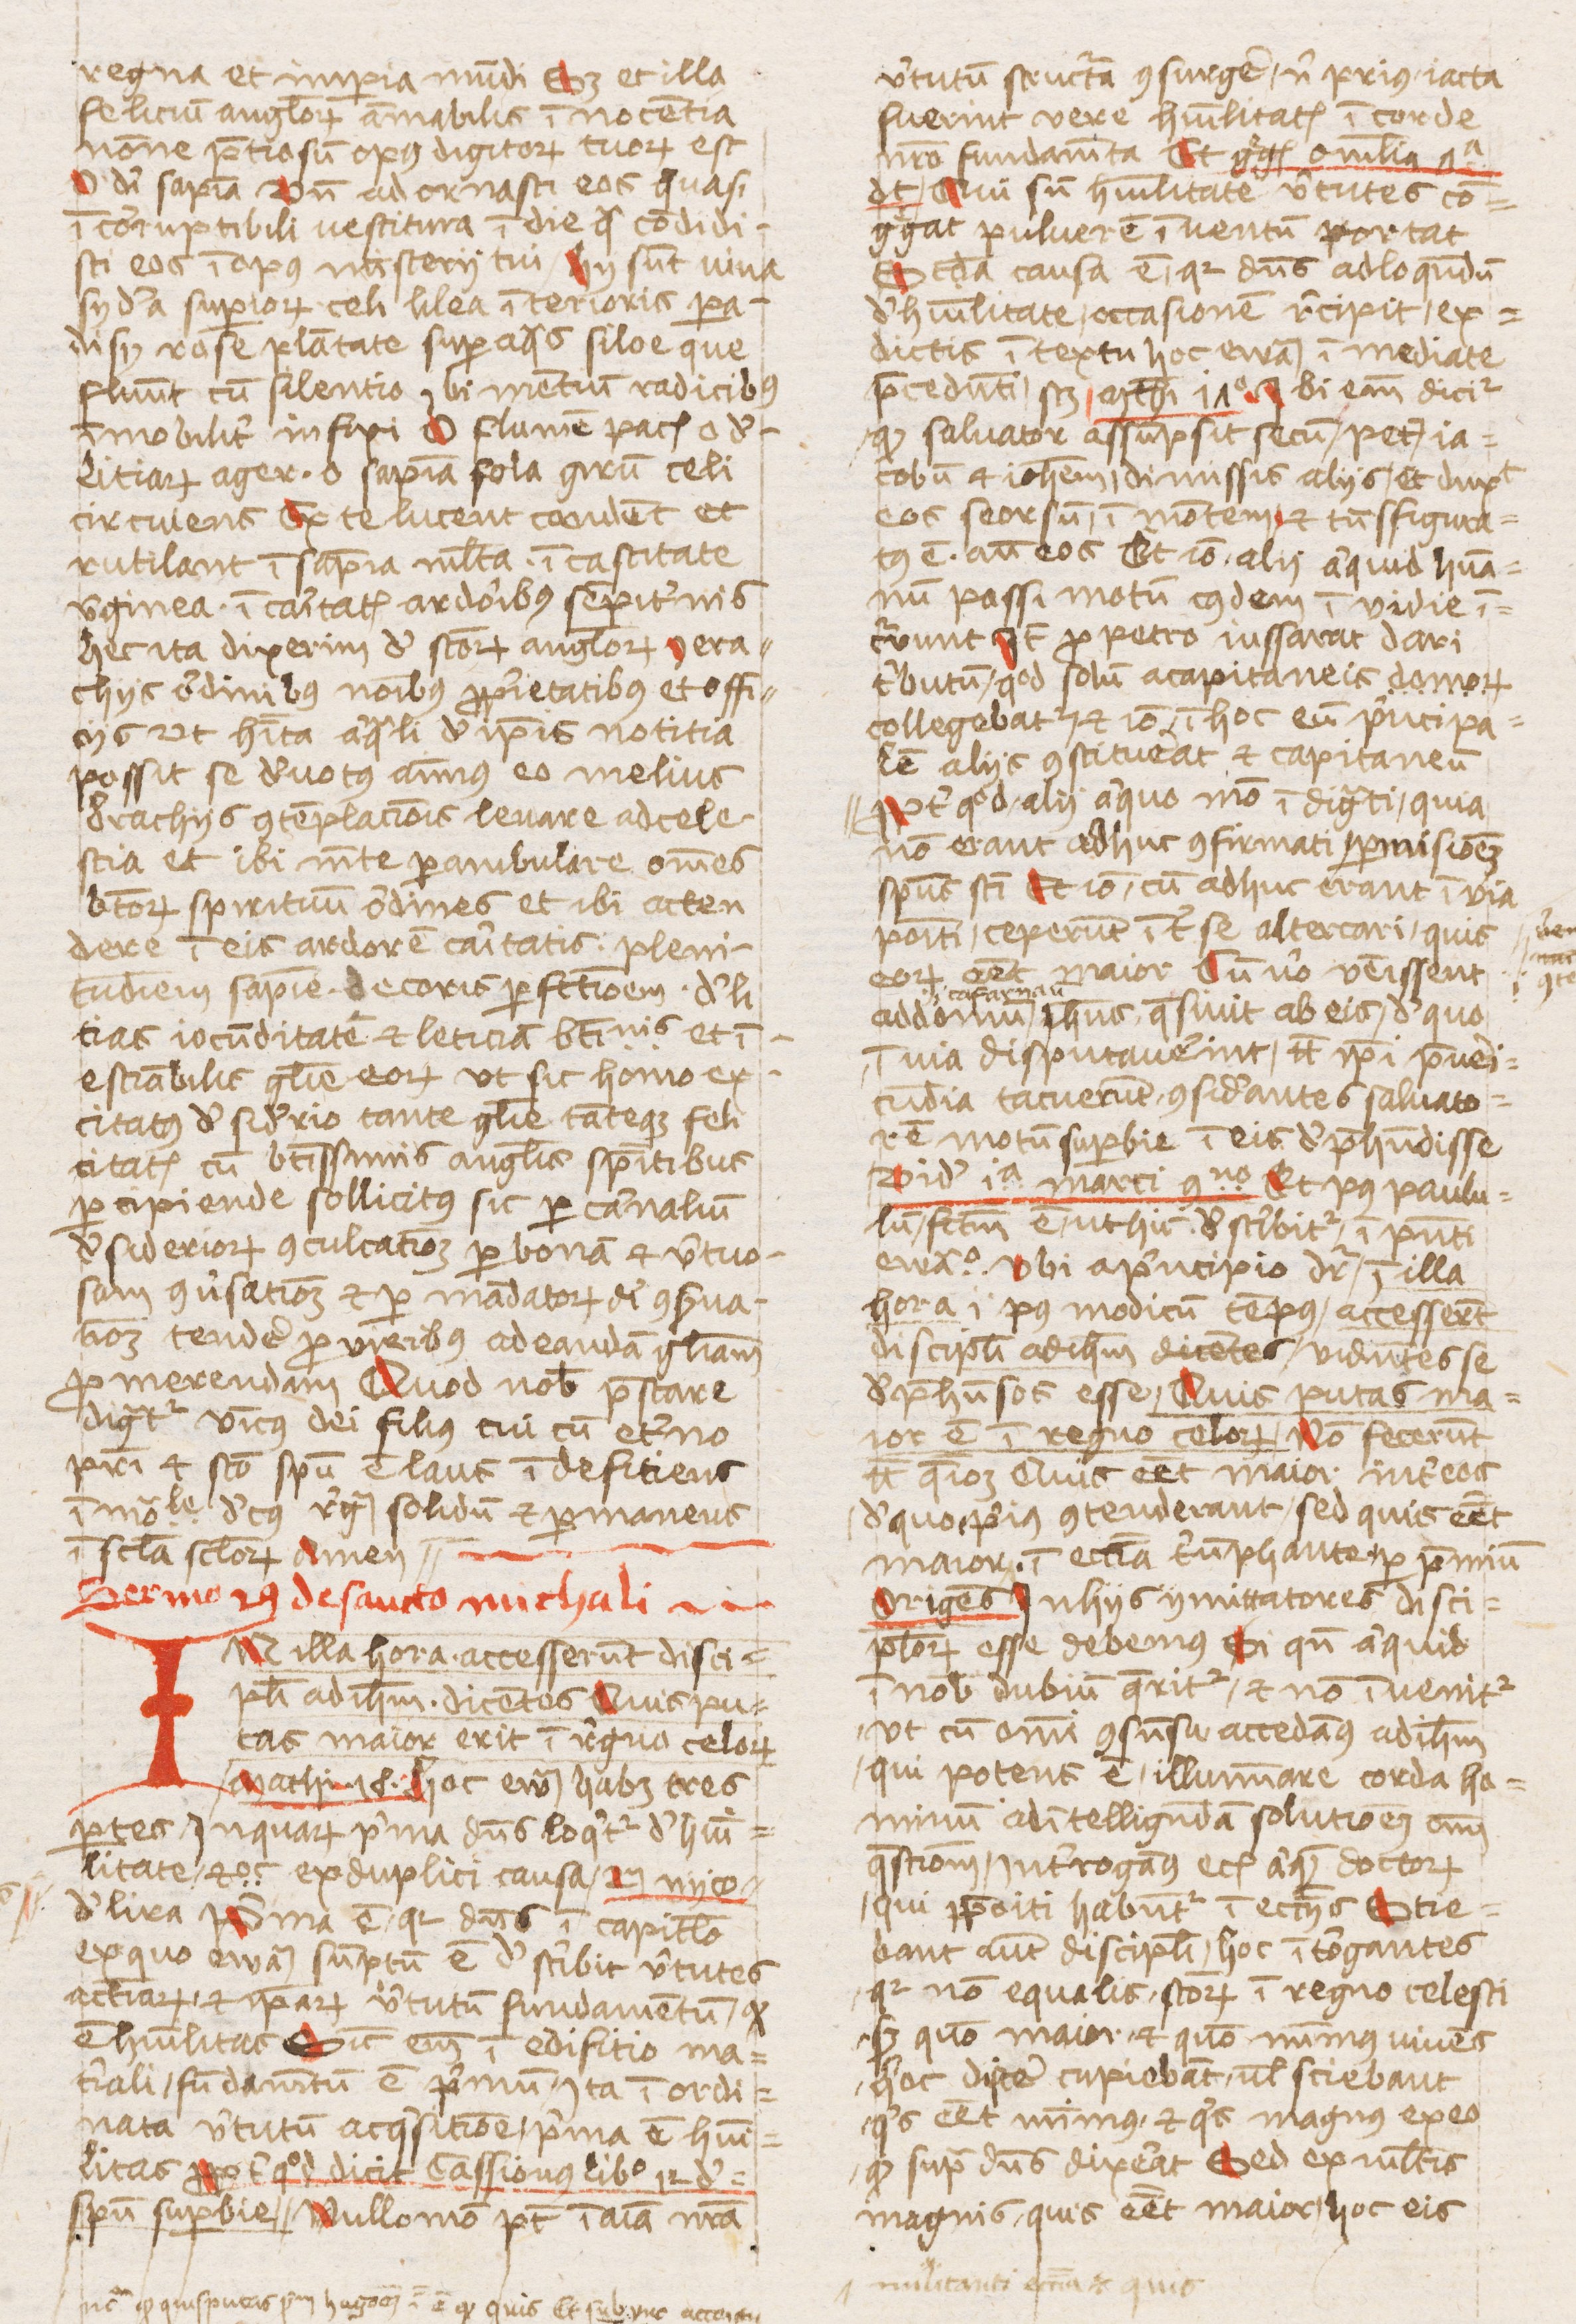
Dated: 1440–1470